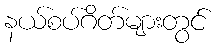
နယ်စပ်ဂိတ်များတွင်